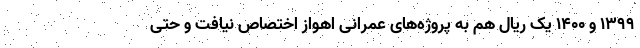
۱۳۹۹ و ۱۴۰۰ یک ریال هم به پروژه‌های عمرانی اهواز اختصاص نیافت و حتی